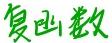
复函数